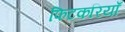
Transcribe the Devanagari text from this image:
फिटकरियाँ